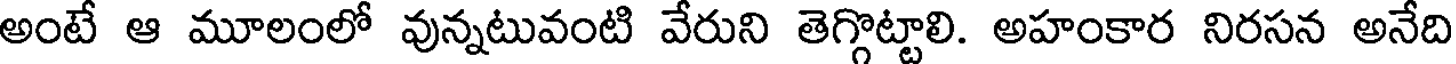
అంటే ఆ మూలంలో వున్నటువంటి వేరుని తెగ్గొట్టాలి. అహంకార నిరసన అనేది